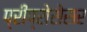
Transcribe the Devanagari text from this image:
प्रीप्रोसेसर